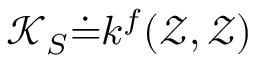
\mathcal { K } _ { S } \dot { = } k ^ { f } ( \mathcal { Z } , \mathcal { Z } )